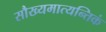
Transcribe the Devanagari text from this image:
सौख्यमात्यन्तिकं